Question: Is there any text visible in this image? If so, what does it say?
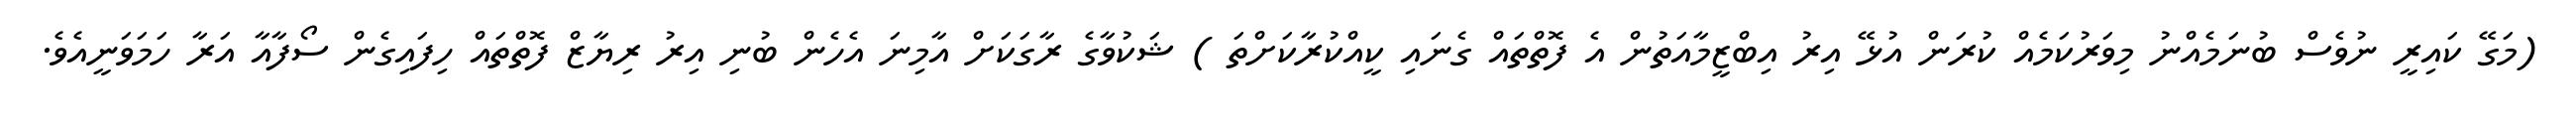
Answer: (މަގޭ ކައިރީ ނުވެސް ބުނަމެއްނު މިވަރުކަމެއް ކުރަން އުޅޭ އިރު އިބްޒީމާއަތުން އެ ފޮތްތައް ގެނައި ކީއްކުރާކަށްތަ ) ޝަކުވާގެ ރާގަކަށް އާމިނަ އެހެން ބުނި އިރު ރިޔާޒް ފޮތްތައް ހިފައިގެން ސޯފާއާ އަރާ ހަމަވަނީއެވެ.